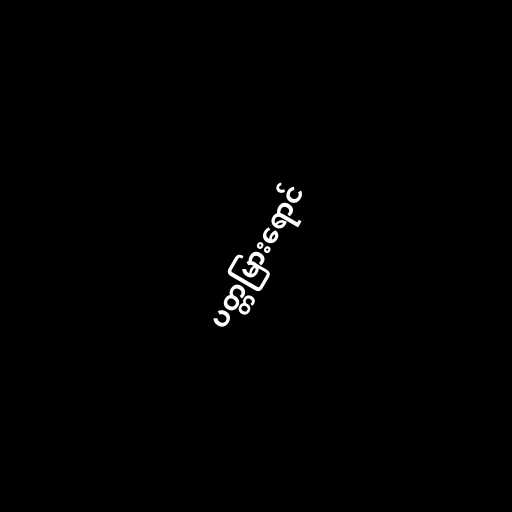
ပတ္တမြားရောင်